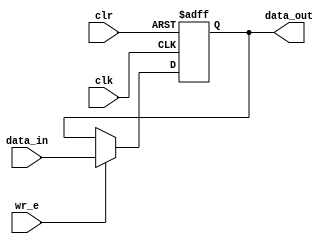
module register12bit(
    input [11:0] data_in,
    output reg[11:0] data_out,
    input wr_e,
    input clr,
    input clk
    );

always @(posedge clk, posedge clr)
begin
	if(clr)
		data_out <= 12'b000000000000;
	else if(wr_e)
		data_out <= data_in;
end

endmodule